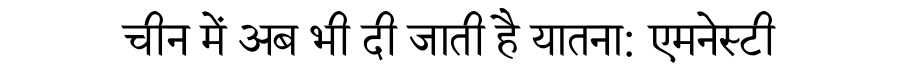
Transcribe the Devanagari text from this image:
चीन में अब भी दी जाती है यातना: एमनेस्टी